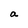
Character: a